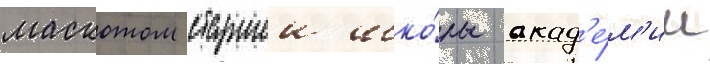
маскотом старшеи шко́лы акад'е́м'ии